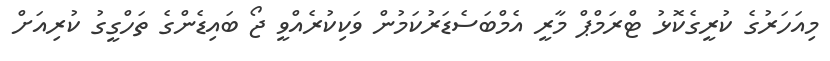
މިއަހަރުގެ ކުރީގެކޮޅު ޓްރަމްޕް މާރީ އެމްބަސެޑަރުކަމުން ވަކިކުރެއްވީ ޖޯ ބައިޑެންގެ ތަހްގީގު ކުރިއަށް